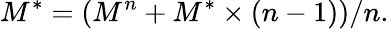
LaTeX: M^{*}=\left(M^{n}+M^{*}\times\left(n-1\right)\right)/n.